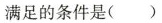
满足的条件是（）